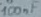
Text: 100nF